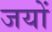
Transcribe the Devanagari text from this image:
जयों